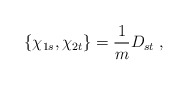
\begin{align*}\{\chi_{1s},\chi_{2t}\}=\frac{1}{m}D_{st} \;,\end{align*}